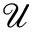
\mathcal { U }